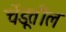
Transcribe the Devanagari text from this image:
चेंडूतील